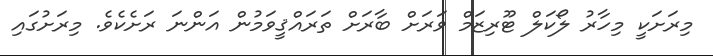
މިރަށަކީ މިހާރު ލޯކަލް ޓޫރިޒަމް ވަރަށް ބާރަށް ތަރައްޤީވަމުން އަންނަ ރަށެކެވެ. މިރަށުގައި